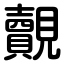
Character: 覿